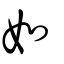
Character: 如